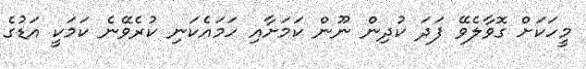
މީހަކަށް ގޮވާލެވޭ ފަދަ ކުދިން ނޫން ކަމަށާއި ހަމައެކަނި ކުރެވޭނެ ކަމަކީ އަޑުގެ